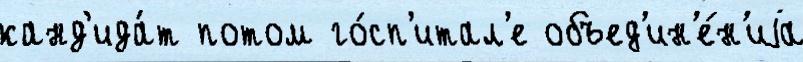
канд'ида́т потом го́сп'итал'е объед'ин'е́н'иjа